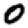
Digit: 0